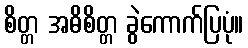
စိတ္တ အဓိစိတ္တ ခွဲကောက်ပြပုံ။